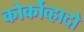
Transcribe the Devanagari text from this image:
कोर्कोव्हादो